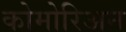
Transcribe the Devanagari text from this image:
कोमोरिअन